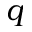
q